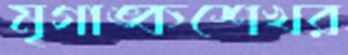
মৃগাঙ্কশেখর